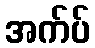
အက်ပ်